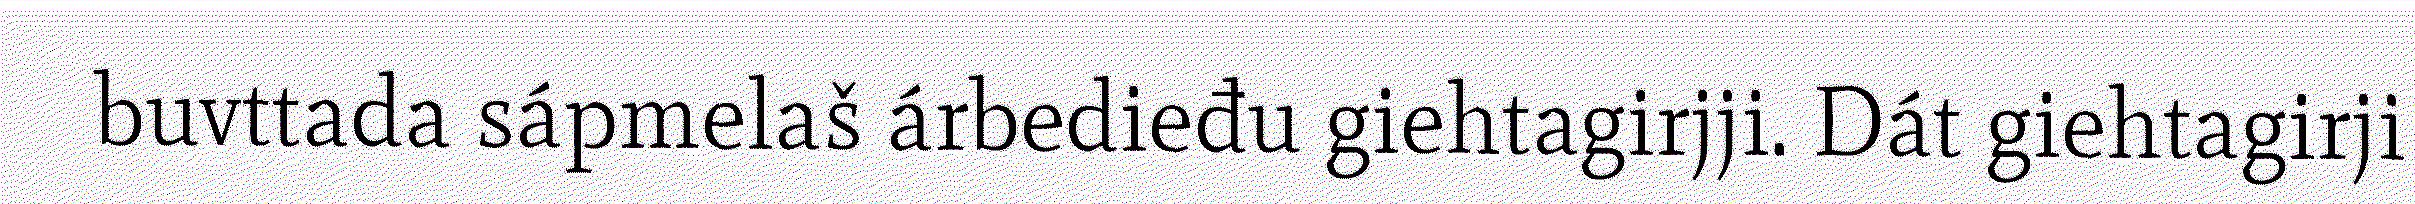
buvttada sápmelaš árbedieđu giehtagirjji. Dát giehtagirji